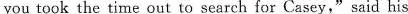
you took the time out to search for Casey," said his